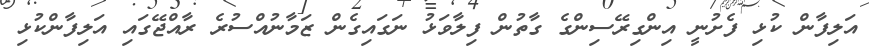
އަލިފާން ކުޅި ފެށުނީ އިންގިރޭސިންގެ ގާތުން ފިލާވަޅު ނަގައިގެން ޒަމާނުއްސުރެ ރާއްޖޭގައި އަލިފާންކުޅި